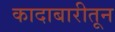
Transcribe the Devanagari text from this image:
कादाबारीतून